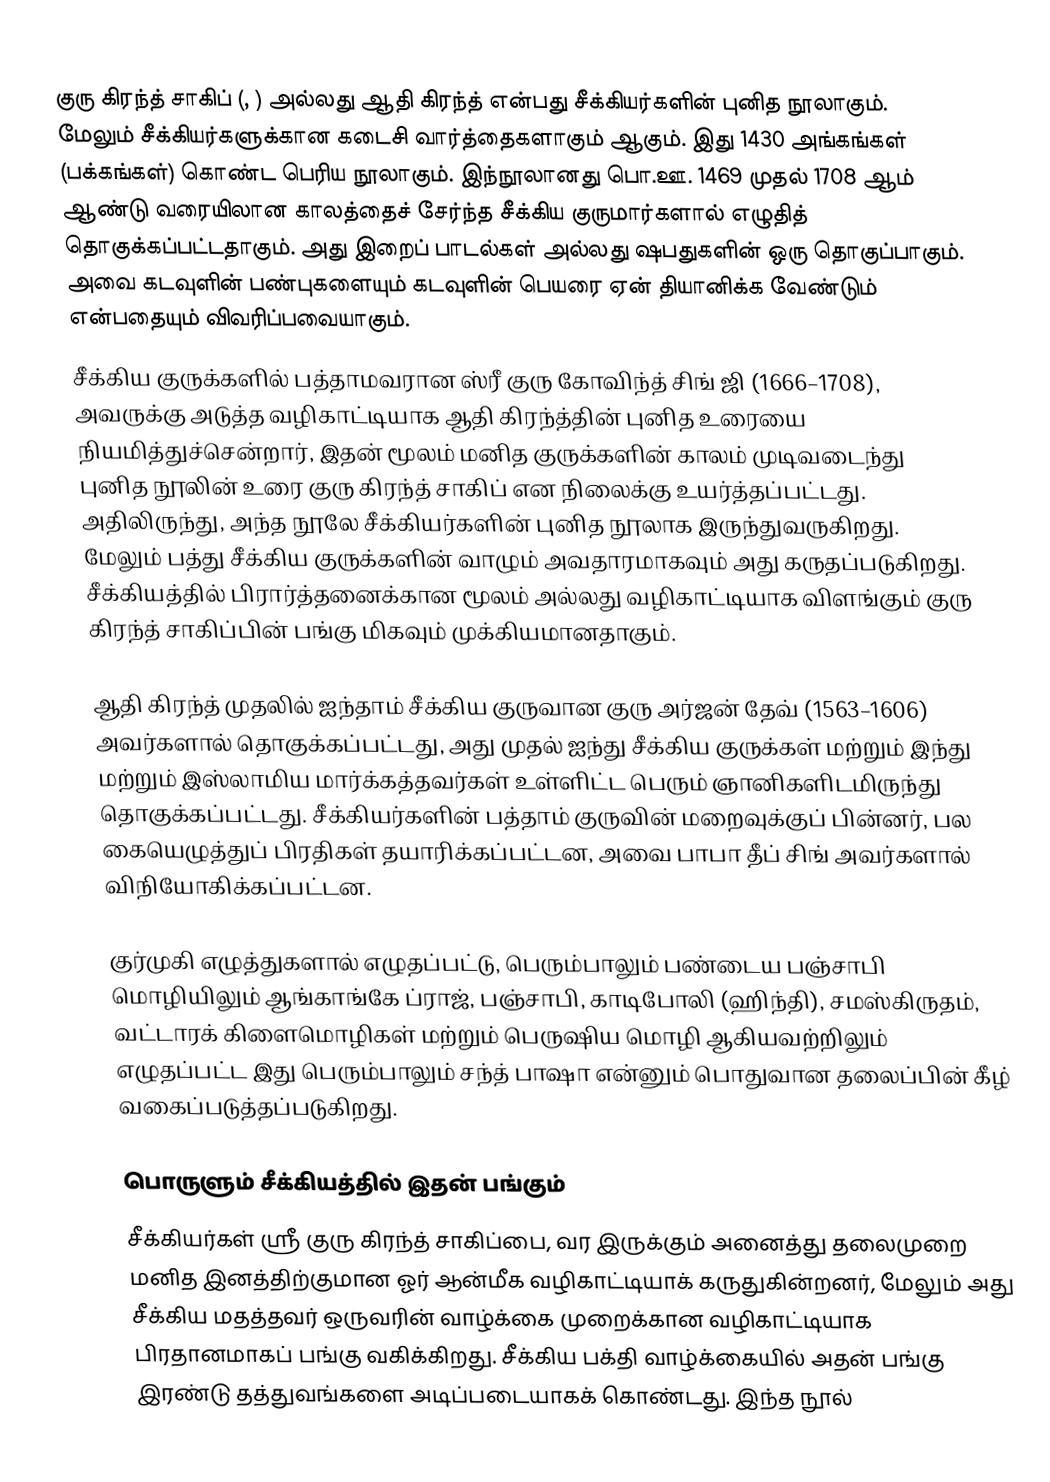
குரு கிரந்த் சாகிப் (,  ) அல்லது ஆதி கிரந்த் என்பது சீக்கியர்களின் புனித நூலாகும். மேலும் சீக்கியர்களுக்கான கடைசி வார்த்தைகளாகும் ஆகும்.  இது 1430 அங்கங்கள் (பக்கங்கள்) கொண்ட பெரிய நூலாகும். இந்நூலானது பொ.ஊ. 1469 முதல் 1708 ஆம் ஆண்டு வரையிலான காலத்தைச் சேர்ந்த சீக்கிய குருமார்களால் எழுதித் தொகுக்கப்பட்டதாகும். அது இறைப் பாடல்கள் அல்லது ஷபதுகளின் ஒரு தொகுப்பாகும். அவை கடவுளின் பண்புகளையும்  கடவுளின் பெயரை ஏன் தியானிக்க வேண்டும் என்பதையும் விவரிப்பவையாகும்.
சீக்கிய குருக்களில் பத்தாமவரான ஸ்ரீ குரு கோவிந்த் சிங் ஜி (1666–1708), அவருக்கு அடுத்த வழிகாட்டியாக ஆதி கிரந்த்தின் புனித உரையை நியமித்துச்சென்றார், இதன் மூலம் மனித குருக்களின் காலம் முடிவடைந்து புனித நூலின் உரை குரு கிரந்த் சாகிப் என நிலைக்கு உயர்த்தப்பட்டது. அதிலிருந்து, அந்த நூலே சீக்கியர்களின் புனித நூலாக இருந்துவருகிறது. மேலும் பத்து சீக்கிய குருக்களின் வாழும் அவதாரமாகவும் அது கருதப்படுகிறது. சீக்கியத்தில் பிரார்த்தனைக்கான மூலம் அல்லது வழிகாட்டியாக விளங்கும் குரு கிரந்த் சாகிப்பின் பங்கு மிகவும் முக்கியமானதாகும்.

ஆதி கிரந்த் முதலில் ஐந்தாம் சீக்கிய குருவான குரு அர்ஜன் தேவ் (1563–1606) அவர்களால் தொகுக்கப்பட்டது, அது முதல் ஐந்து சீக்கிய குருக்கள் மற்றும் இந்து மற்றும் இஸ்லாமிய மார்க்கத்தவர்கள் உள்ளிட்ட பெரும் ஞானிகளிடமிருந்து தொகுக்கப்பட்டது. சீக்கியர்களின் பத்தாம் குருவின் மறைவுக்குப் பின்னர், பல கையெழுத்துப் பிரதிகள் தயாரிக்கப்பட்டன, அவை பாபா தீப் சிங் அவர்களால் விநியோகிக்கப்பட்டன.

குர்முகி எழுத்துகளால் எழுதப்பட்டு, பெரும்பாலும் பண்டைய பஞ்சாபி மொழியிலும் ஆங்காங்கே ப்ராஜ், பஞ்சாபி, காடிபோலி (ஹிந்தி), சமஸ்கிருதம், வட்டாரக் கிளைமொழிகள் மற்றும் பெருஷிய மொழி ஆகியவற்றிலும் எழுதப்பட்ட இது பெரும்பாலும் சந்த் பாஷா என்னும் பொதுவான தலைப்பின் கீழ் வகைப்படுத்தப்படுகிறது.

பொருளும் சீக்கியத்தில் இதன் பங்கும்
சீக்கியர்கள் ஸ்ரீ குரு கிரந்த் சாகிப்பை, வர இருக்கும் அனைத்து தலைமுறை மனித இனத்திற்குமான ஓர் ஆன்மீக வழிகாட்டியாக் கருதுகின்றனர், மேலும் அது சீக்கிய மதத்தவர் ஒருவரின் வாழ்க்கை முறைக்கான வழிகாட்டியாக பிரதானமாகப் பங்கு வகிக்கிறது. சீக்கிய பக்தி வாழ்க்கையில் அதன் பங்கு இரண்டு தத்துவங்களை அடிப்படையாகக் கொண்டது. இந்த நூல்